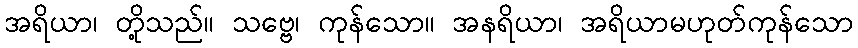
အရိယာ၊ တို့သည်။ သဗ္ဗေ၊ ကုန်သော။ အနရိယာ၊ အရိယာမဟုတ်ကုန်သော